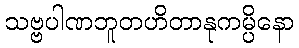
သဗ္ဗပါဏဘူတဟိတာနုကမ္ပိနော